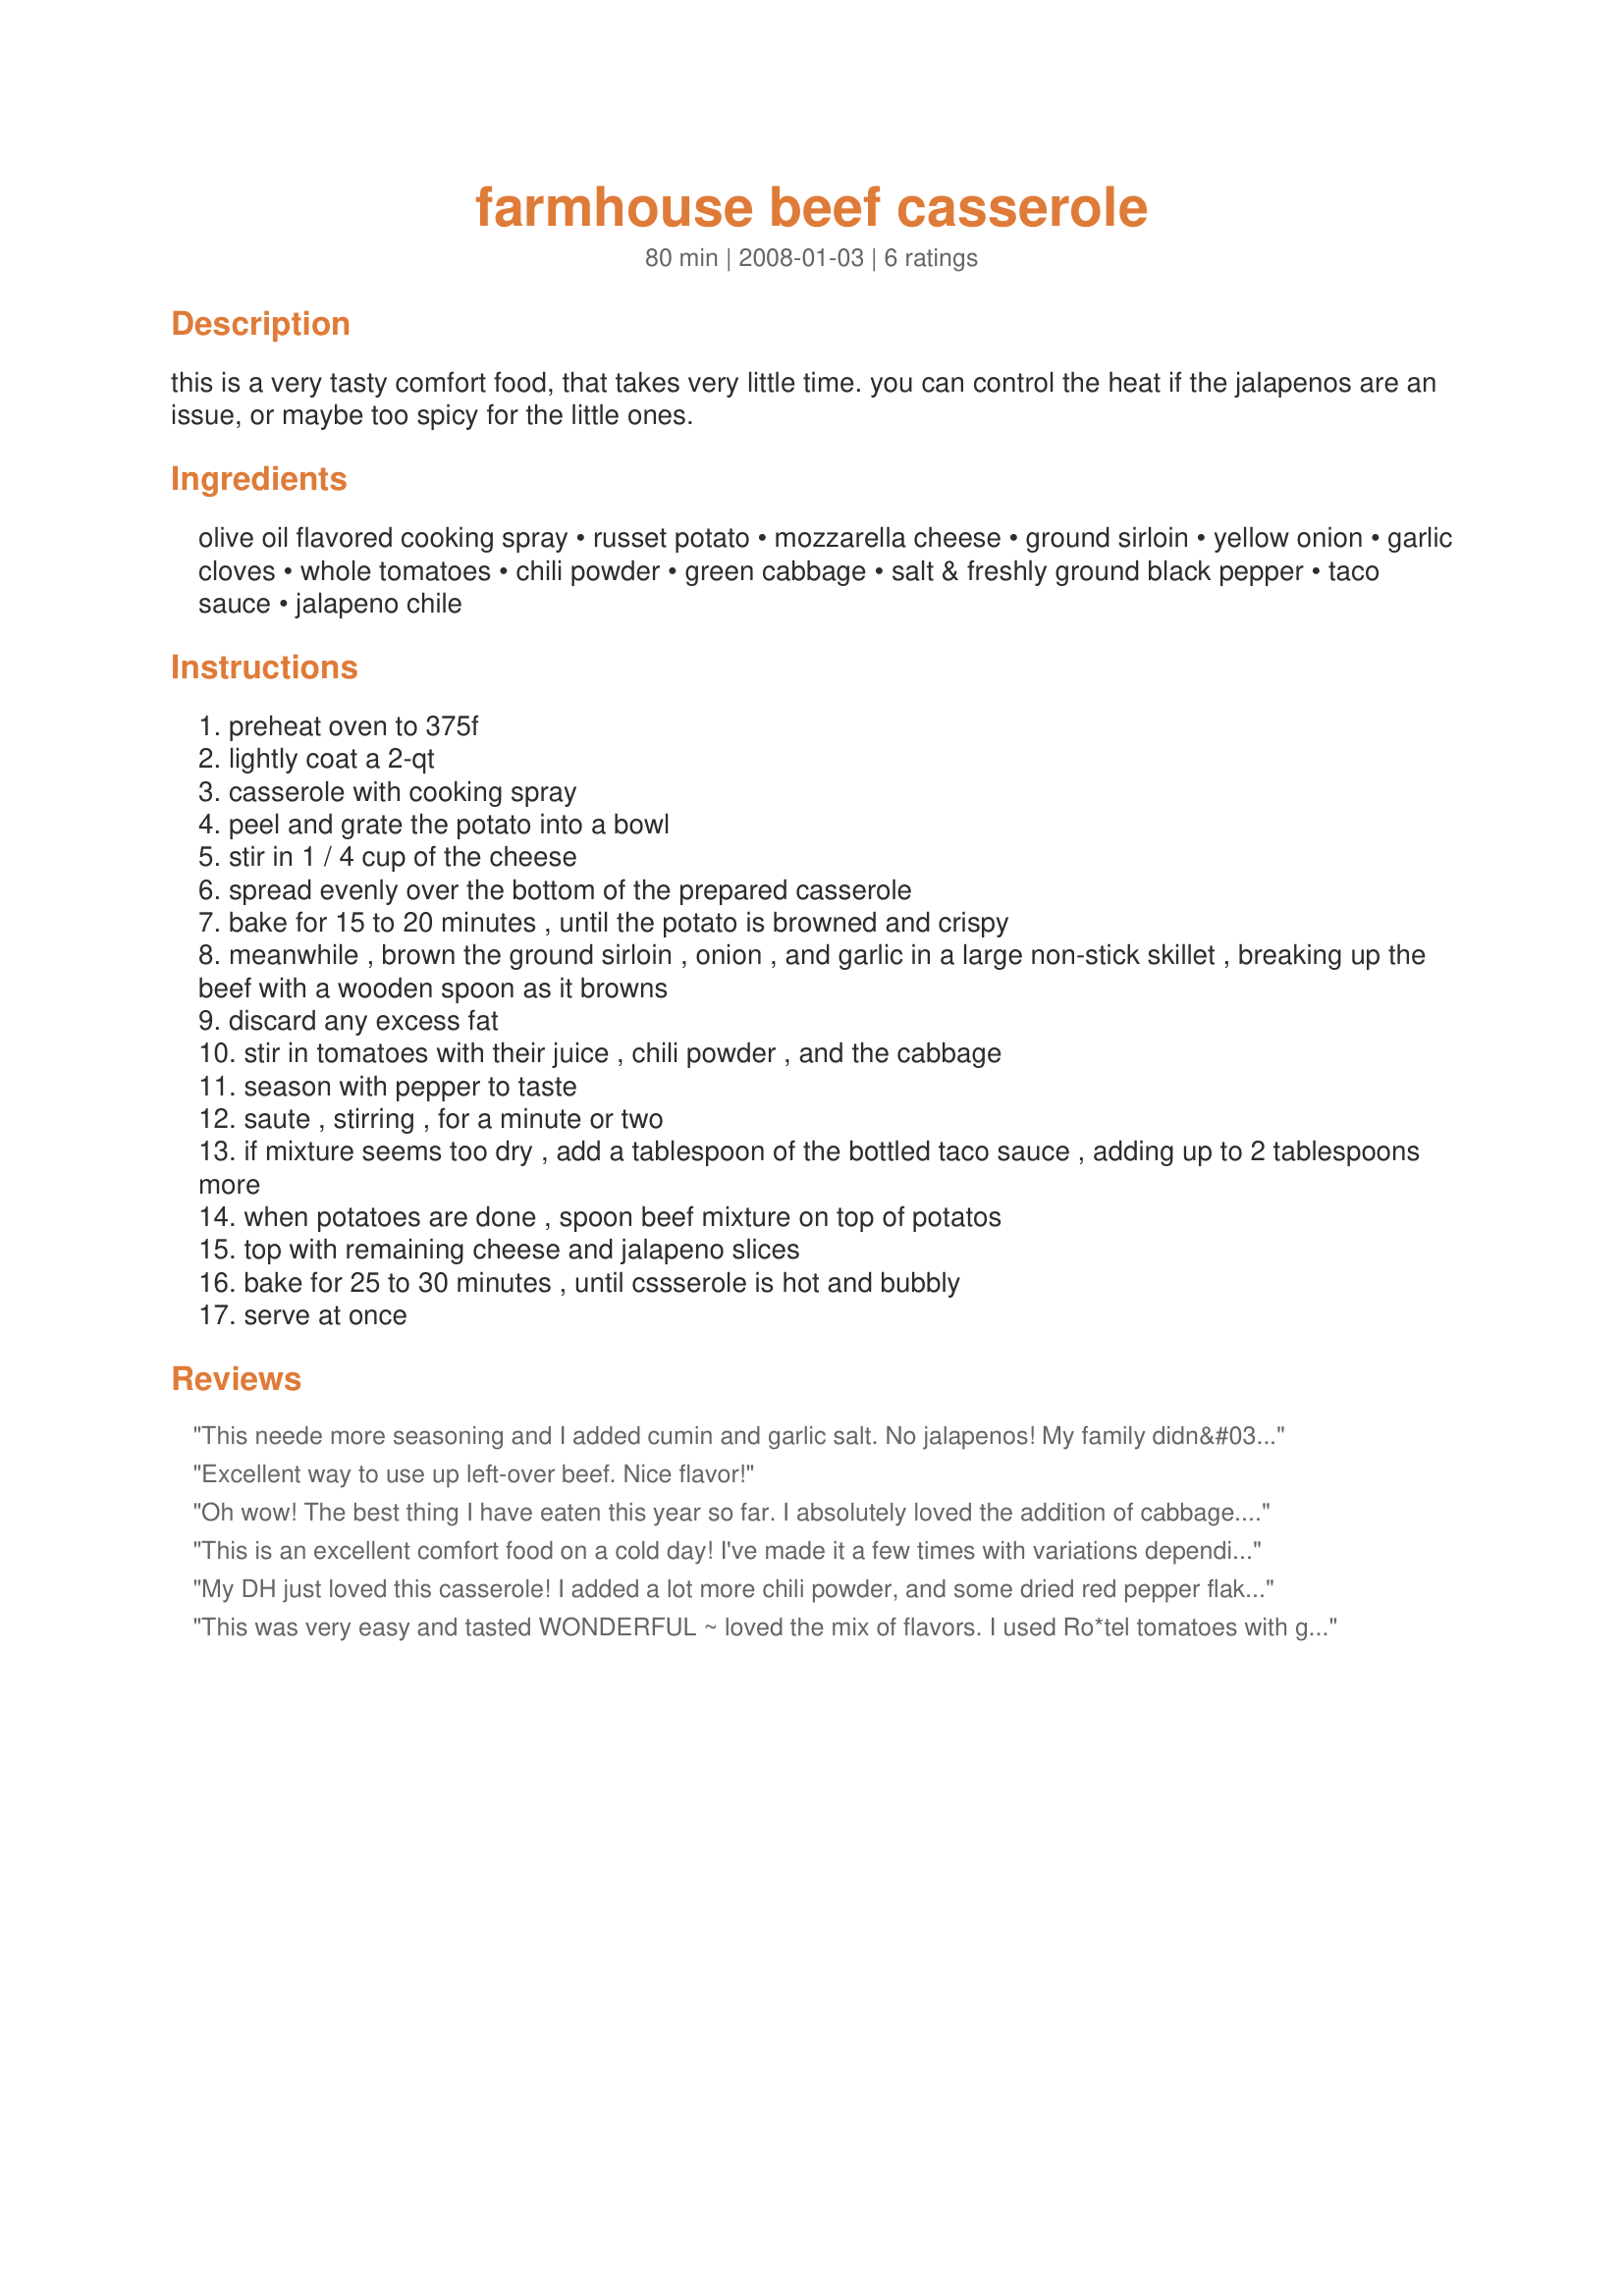
farmhouse beef casserole
Preparation time: 80 minutes

this is a very tasty comfort food, that takes very little time. you can control the heat if the jalapenos are an issue, or maybe too spicy for the little ones.

Ingredients:
olive oil flavored cooking spray, russet potato, mozzarella cheese, ground sirloin, yellow onion, garlic cloves, whole tomatoes, chili powder, green cabbage, salt & freshly ground black pepper, taco sauce, jalapeno chile

Steps:
preheat oven to 375f
lightly coat a 2-qt
casserole with cooking spray
peel and grate the potato into a bowl
stir in 1 / 4 cup of the cheese
spread evenly over the bottom of the prepared casserole
bake for 15 to 20 minutes , until the potato is browned and crispy
meanwhile , brown the ground sirloin , onion , and garlic in a large non-stick skillet , breaking up the beef with a wooden spoon as it browns
discard any excess fat
stir in tomatoes with their juice , chili powder , and the cabbage
season with pepper to taste
saute , stirring , for a minute or two
if mixture seems too dry , add a tablespoon of the bottled taco sauce , adding up to 2 tablespoons more
when potatoes are done , spoon beef mixture on top of potatos
top with remaining cheese and jalapeno slices
bake for 25 to 30 minutes , until cssserole is hot and bubbly
serve at once

Reviews:
This neede more seasoning and I added cumin and garlic salt. No jalapenos! My family didn&#039;t like it and ordered pizza. Hate to waste all those ingredients ?
Excellent way to use up left-over beef. Nice flavor!
Oh wow! The best thing I have eaten this year so far. I absolutely loved the addition of cabbage. What an unassuming recipe, but it just blew our mind. Thank you very much.
This is an excellent comfort food on a cold day! I've made it a few times with variations depending on what's in the kitchen: adding mushrooms, mixing beef and sausage, adding cajun seasoning, etc. Very adaptable.
My DH just loved this casserole! I added a lot more chili powder, and some dried red pepper flakes, a little tobasco sauce, and a whole jalapeno chile, because we like things really spicy. It was very easy and fast to prep. This is going on the monthly meal planner, for sure.
This was very easy and tasted WONDERFUL ~ loved the mix of flavors. I used Ro*tel tomatoes with green chilis, and a mix of colby jack and mozzarella cheeses. Personally, I would add more potatoes next time, even though it was delicious as written. Great weeknight dinner when time is short and you want something savory. Thanks for posting. Made for MAY FARM COOKING PHOTO TAG.
